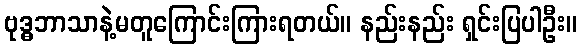
ဗုဒ္ဓဘာသာနဲ့မတူကြောင်းကြားရတယ်။ နည်းနည်း ရှင်းပြပါဦး။